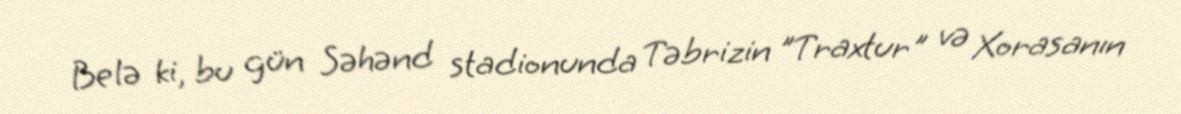
Belə ki, bu gün Səhənd stadionunda Təbrizin "Traxtur" və Xorasanın